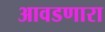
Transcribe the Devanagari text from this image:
आवडणारा